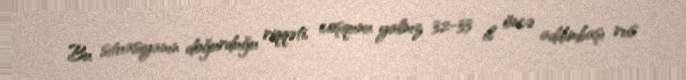
Bu situasiyanın doğurduğu riqqəti, coşqunu yalnız 32-33 il öncə addımbaşı rus